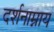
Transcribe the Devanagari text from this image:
दर्शनाम्नाय